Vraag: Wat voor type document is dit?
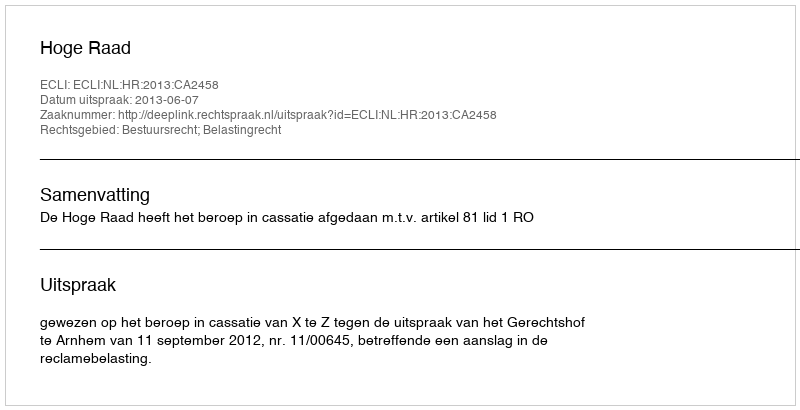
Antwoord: Uitspraak